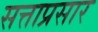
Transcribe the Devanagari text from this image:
सत्ताप्रसार